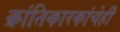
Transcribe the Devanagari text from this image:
क्रांतिकारकांचेही